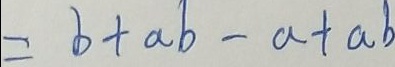
= b + a b - a + a b